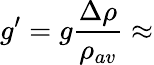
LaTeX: g^{\prime}=g\frac{\Delta\rho}{\rho_{av}}\approx